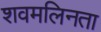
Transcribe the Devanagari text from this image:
शवमलिनता